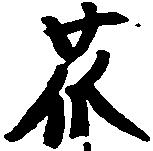
瓜